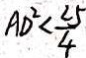
A D ^ { 2 } < \frac { 2 5 } { 4 }